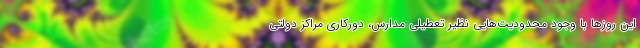
این روزها با وجود محدودیت‌هایی نظیر تعطیلی مدارس، دورکاری مراکز دولتی